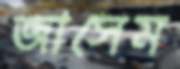
জাসেম